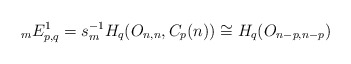
\begin{align*}{}_{m}E^{1}_{p,q} = s_{m}^{-1}H_{q}(O_{n,n}, C_{p}(n)) \cong H_{q}(O_{n-p, n-p})\end{align*}